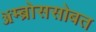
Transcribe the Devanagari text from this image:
ॲम्ब्रोससोबत